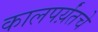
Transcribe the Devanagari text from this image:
कालपर्य़ंतचे